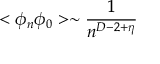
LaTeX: < \phi _ { n } \phi _ { 0 } > \sim \frac { 1 } { n ^ { D - 2 + \eta } }